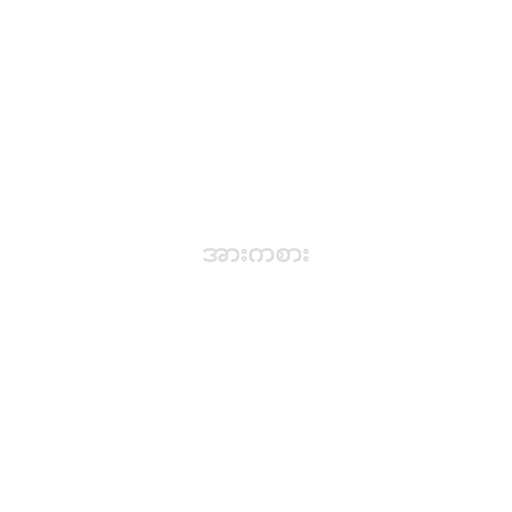
အားကစား